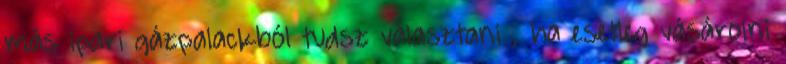
más ipari gázpalackból tudsz választani , ha esetleg vásárolni